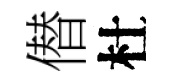
僣杜